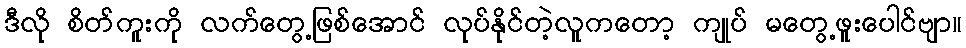
ဒီလို စိတ်ကူးကို လက်တွေ့ဖြစ်အောင် လုပ်နိုင်တဲ့လူကတော့ ကျုပ် မတွေ့ဖူးပေါင်ဗျာ။